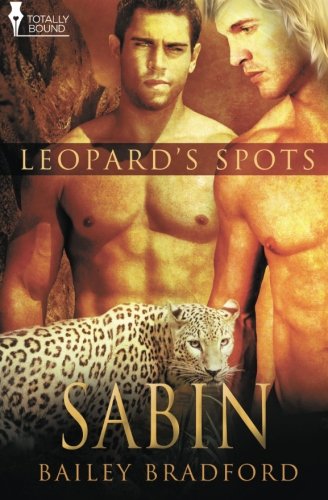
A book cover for Sabin (Leopard's Spots) (Volume 11); Bailey Bradford; Romance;